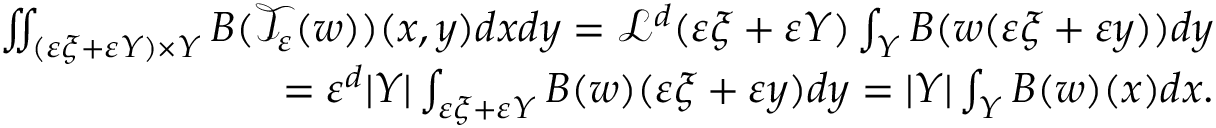
\begin{array} { r } { \iint _ { ( \varepsilon \xi + \varepsilon Y ) \times Y } B ( \mathcal T _ { \varepsilon } ( w ) ) ( x , y ) d x d y = \mathcal L ^ { d } ( \varepsilon \xi + \varepsilon Y ) \int _ { Y } B ( w ( \varepsilon \xi + \varepsilon y ) ) d y } \\ { = \varepsilon ^ { d } | Y | \int _ { \varepsilon \xi + \varepsilon Y } B ( w ) ( \varepsilon \xi + \varepsilon y ) d y = | Y | \int _ { Y } B ( w ) ( x ) d x . } \end{array}